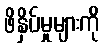
ဖိနှိပ်မှုများကို